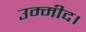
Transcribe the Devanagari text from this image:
उम्मीद।